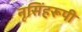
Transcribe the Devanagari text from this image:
नृसिंहरूपी